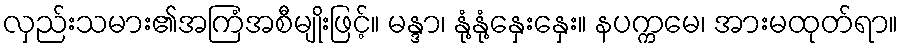
လှည်းသမား၏အကြံအစီမျိုးဖြင့်။ မန္ဒာ၊ နုံ့နုံ့နှေးနှေး။ နပက္ကမေ၊ အားမထုတ်ရာ။